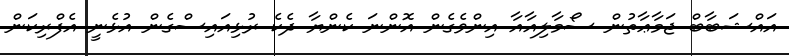
އައްޝަބާބް ޖަމާޢާތުން ސޯމާލިއާއާ އިންވެގެން އޮންނަ ކެންޔާ ދެކެ ރުޅިއައިސްގެން އުޅެނީ އެފްރިކަން